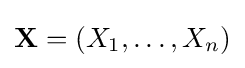
{\textstyle \mathbf {X} =(X_{1},\ldots ,X_{n})}